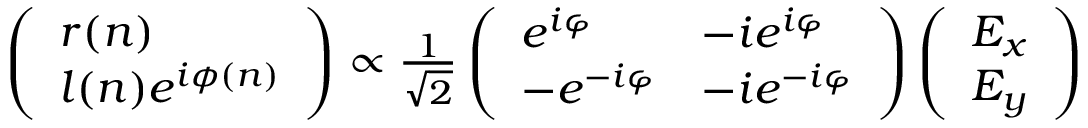
\begin{array} { r } { \left( \begin{array} { l } { r ( n ) } \\ { l ( n ) e ^ { i \phi ( n ) } } \end{array} \right) \propto \frac { 1 } { \sqrt { 2 } } \left( \begin{array} { l l } { e ^ { i \varphi } } & { - i e ^ { i \varphi } } \\ { - e ^ { - i \varphi } } & { - i e ^ { - i \varphi } } \end{array} \right) \left( \begin{array} { l } { E _ { x } } \\ { E _ { y } } \end{array} \right) } \end{array}